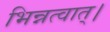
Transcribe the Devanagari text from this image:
भिन्नत्वात्।